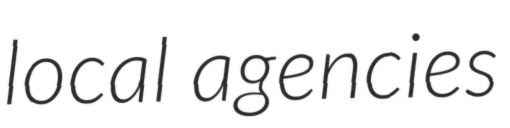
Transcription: local agencies